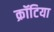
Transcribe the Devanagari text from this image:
क्रॉटिया